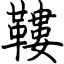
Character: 鞻